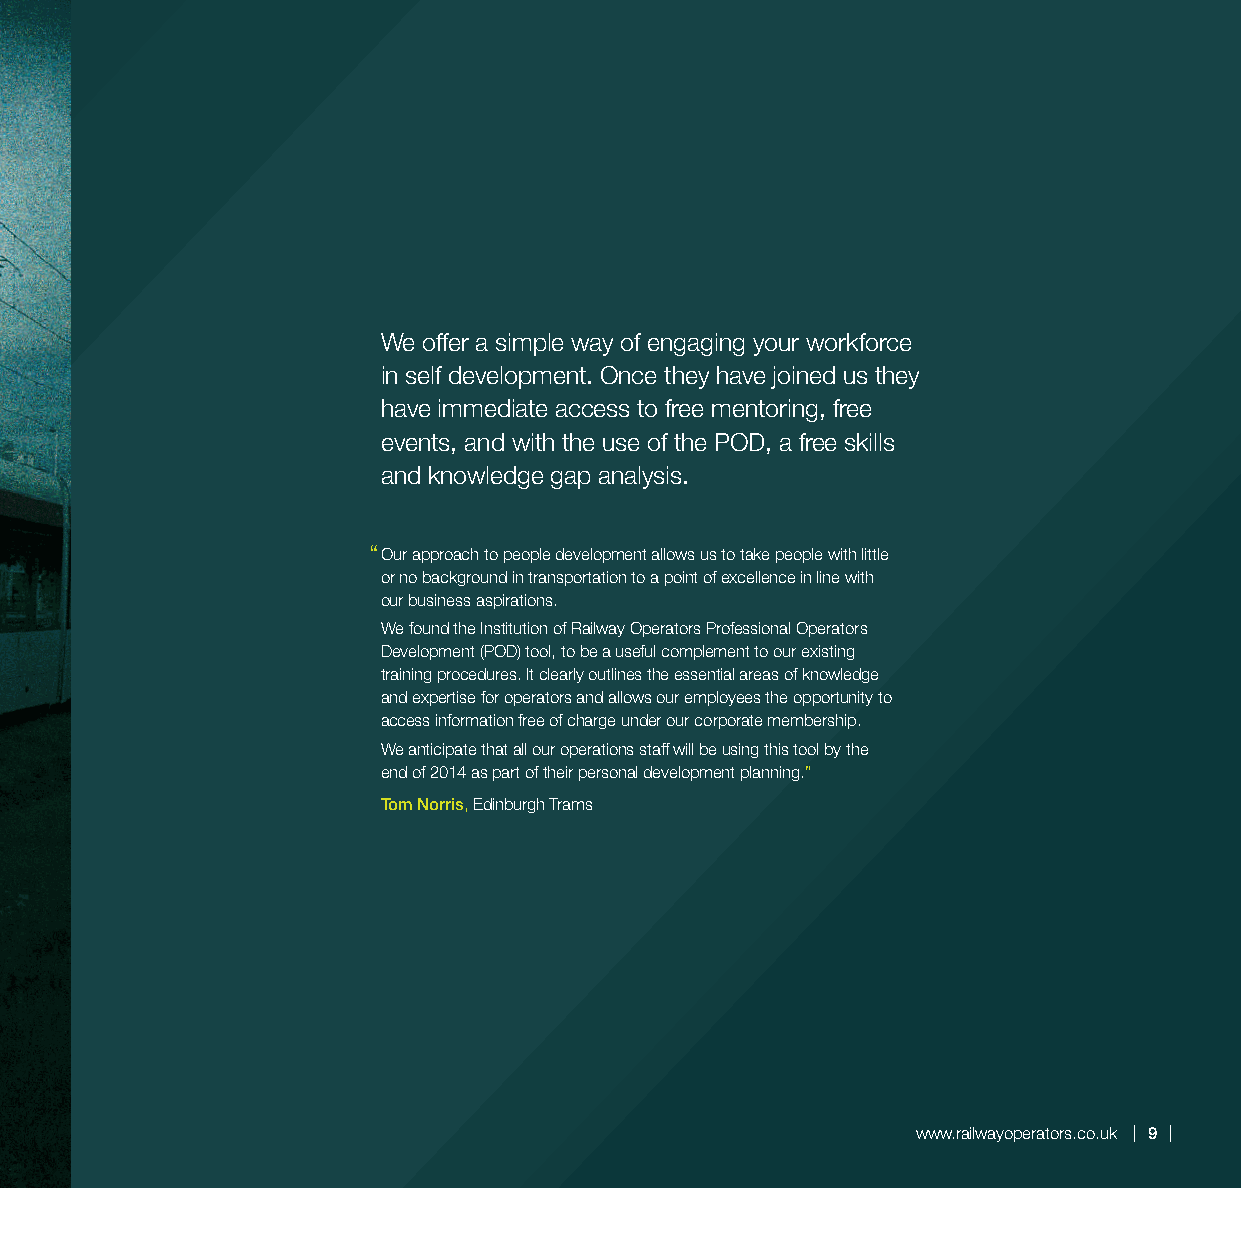
We offer a simple way of engaging your workforce
 in self development. Once they have joined us they
 have immediate access to free mentoring, free
 events, and with the use of the POD, a free skills
 and knowledge gap analysis.
 “Our approach to people development allows us to take people with little
 or no background in transportation to a point of excellence in line with
 our business aspirations.
 We found the Institution of Railway Operators Professional Operators
 Development (POD) tool, to be a useful complement to our existing
 training procedures. It clearly outlines the essential areas of knowledge
 and expertise for operators and allows our employees the opportunity to
 access information free of charge under our corporate membership.
 We anticipate that all our operations staff will be using this tool by the
 end of 2014 as part of their personal development planning.”
 Tom Norris, Edinburgh Trams
 www.railwayoperators.co.uk 9